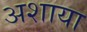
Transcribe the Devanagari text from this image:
अशाया